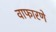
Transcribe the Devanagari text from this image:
वाफारणे